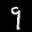
Label: 9